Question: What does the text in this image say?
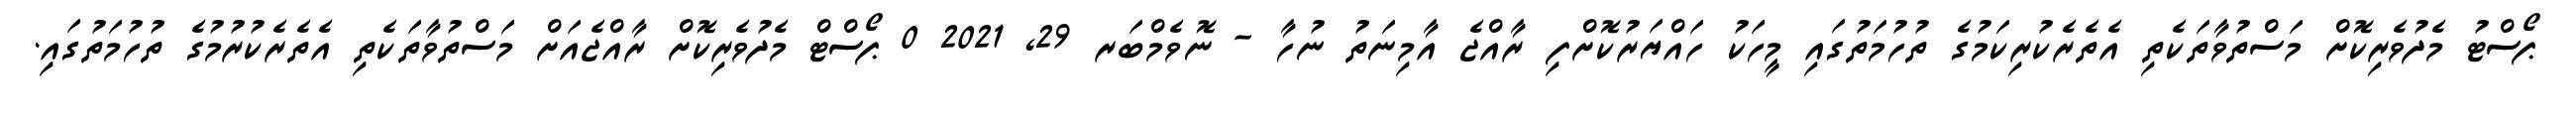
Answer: ޕޯސްޓު މެދުވެރިކޮށް މަސްތުވާތަކެތި އެތެރެކުރިކަމުގެ ތުހުމަތުގައި މީހަކު ހައްޔަރުކޮށްފި ރާއްޖެ އާމިނަތު ނުހާ - ނޮވެމްބަރ 29, 2021 0 ޕޯސްޓް މެދުވެރިކޮށް ރާއްޖެއަށް މަސްތުވާތަކެތި އެތެރެކުރުމުގެ ތުހުމަތުގައި.